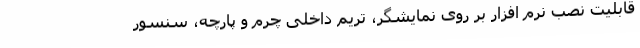
قابلیت نصب نرم افزار بر روی نمایشگر، تریم داخلی چرم و پارچه، سنسور